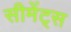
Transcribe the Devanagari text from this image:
सीमेंट्स